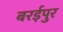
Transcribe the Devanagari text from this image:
बरईपुर